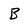
Character: B